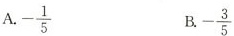
A.- \frac{1}{5} B.- \frac{3}{5}